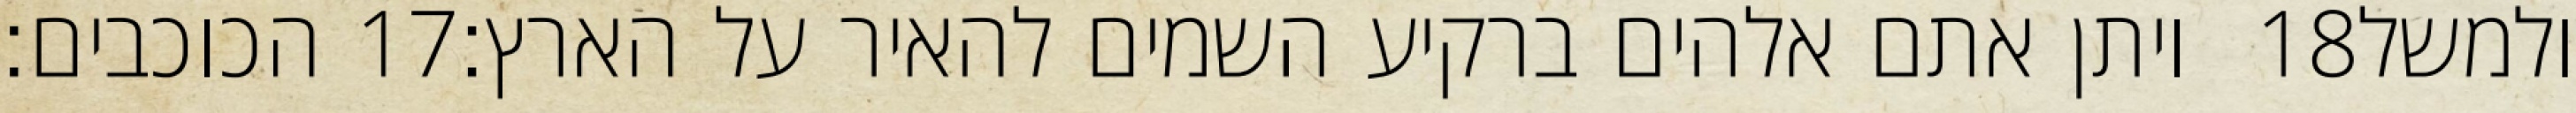
הכוכבים׃ ‎17‏ ויתן אתם אלהים ברקיע השמים להאיר על הארץ׃ ‎18‏ ולמשל